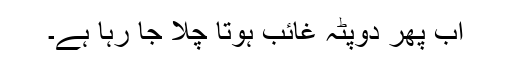
اب پھر دوپٹہ غائب ہوتا چلا جا رہا ہے۔